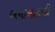
બનાવડાવી